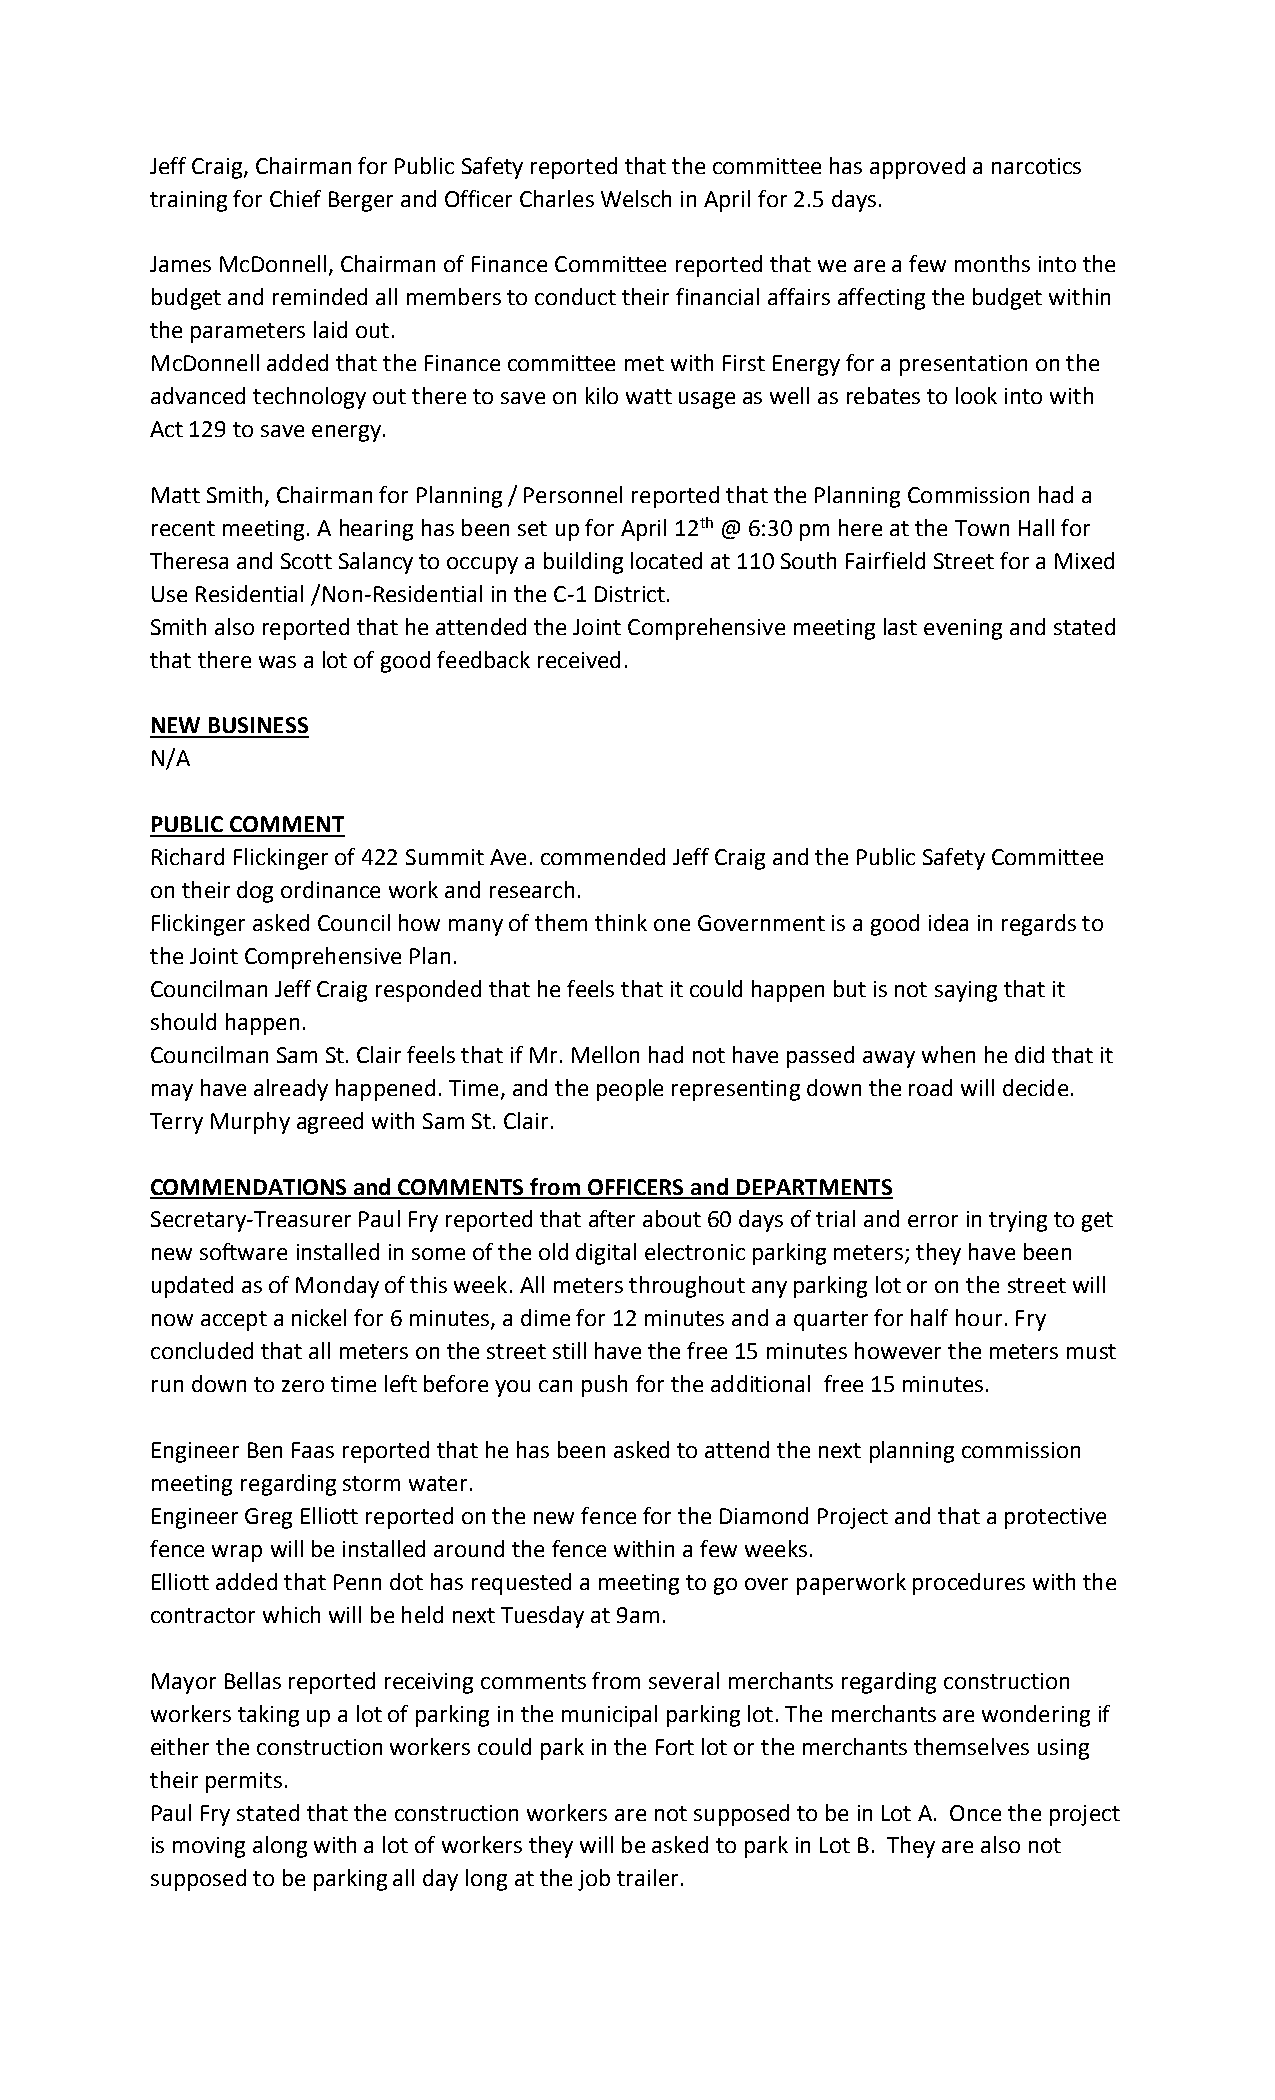
Jeff Craig, Chairman for Public Safety reported that the committee has approved a narcotics
 training for Chief Berger and Officer Charles Welsch in April for 2.5 days.
 James McDonnell, Chairman of Finance Committee reported that we are a few months into the
 budget and reminded all members to conduct their financial affairs affecting the budget within
 the parameters laid out.
 McDonnell added that the Finance committee met with First Energy for a presentation on the
 advanced technology out there to save on kilo watt usage as well as rebates to look into with
 Act 129 to save energy.
 Matt Smith, Chairman for Planning / Personnel reported that the Planning Commission had a
 recent meeting. A hearing has been set up for April 12th @ 6:30 pm here at the Town Hall for
 Theresa and Scott Salancy to occupy a building located at 110 South Fairfield Street for a Mixed
 Use Residential /Non-Residential in the C-1 District.
 Smith also reported that he attended the Joint Comprehensive meeting last evening and stated
 that there was a lot of good feedback received.
 NEW BUSINESS
 N/A
 PUBLIC COMMENT
 Richard Flickinger of 422 Summit Ave. commended Jeff Craig and the Public Safety Committee
 on their dog ordinance work and research.
 Flickinger asked Council how many of them think one Government is a good idea in regards to
 the Joint Comprehensive Plan.
 Councilman Jeff Craig responded that he feels that it could happen but is not saying that it
 should happen.
 Councilman Sam St. Clair feels that if Mr. Mellon had not have passed away when he did that it
 may have already happened. Time, and the people representing down the road will decide.
 Terry Murphy agreed with Sam St. Clair.
 COMMENDATIONS and COMMENTS from OFFICERS and DEPARTMENTS
 Secretary-Treasurer Paul Fry reported that after about 60 days of trial and error in trying to get
 new software installed in some of the old digital electronic parking meters; they have been
 updated as of Monday of this week. All meters throughout any parking lot or on the street will
 now accept a nickel for 6 minutes, a dime for 12 minutes and a quarter for half hour. Fry
 concluded that all meters on the street still have the free 15 minutes however the meters must
 run down to zero time left before you can push for the additional free 15 minutes.
 Engineer Ben Faas reported that he has been asked to attend the next planning commission
 meeting regarding storm water.
 Engineer Greg Elliott reported on the new fence for the Diamond Project and that a protective
 fence wrap will be installed around the fence within a few weeks.
 Elliott added that Penn dot has requested a meeting to go over paperwork procedures with the
 contractor which will be held next Tuesday at 9am.
 Mayor Bellas reported receiving comments from several merchants regarding construction
 workers taking up a lot of parking in the municipal parking lot. The merchants are wondering if
 either the construction workers could park in the Fort lot or the merchants themselves using
 their permits.
 Paul Fry stated that the construction workers are not supposed to be in Lot A. Once the project
 is moving along with a lot of workers they will be asked to park in Lot B. They are also not
 supposed to be parking all day long at the job trailer.